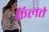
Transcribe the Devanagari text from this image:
फॅलते